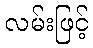
လမ်းဖြင့်